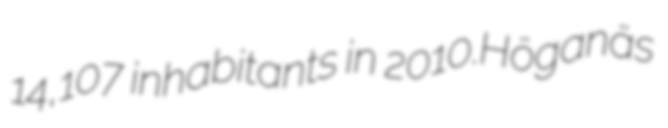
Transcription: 14,107 inhabitants in 2010.Höganäs